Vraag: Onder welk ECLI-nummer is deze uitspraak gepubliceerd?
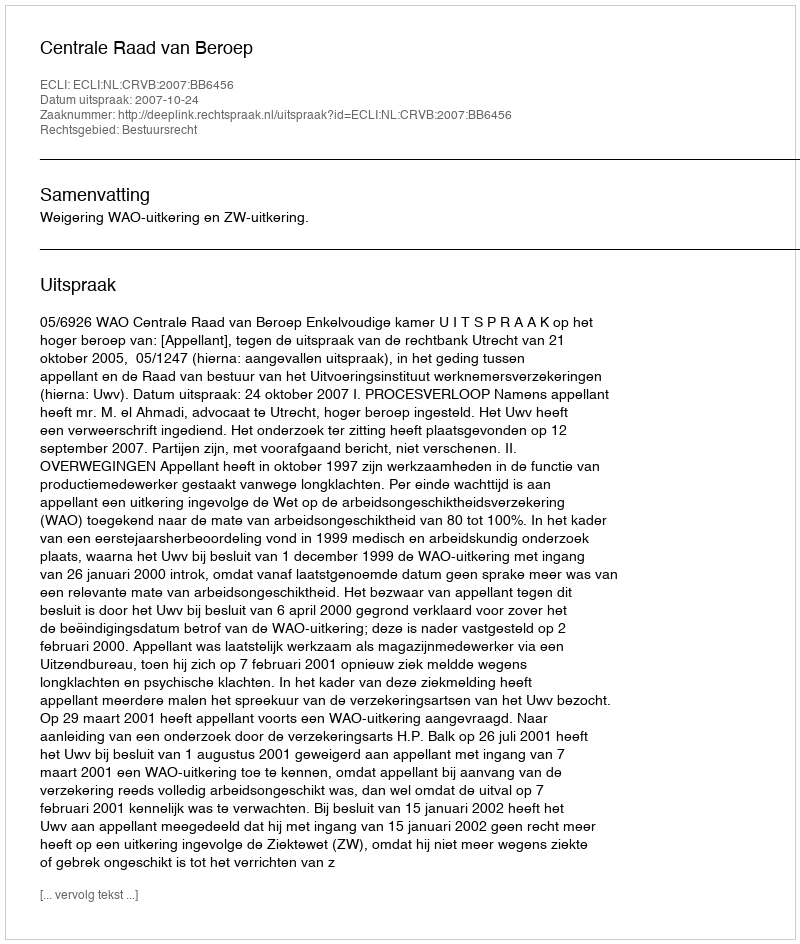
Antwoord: ECLI:NL:CRVB:2007:BB6456